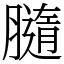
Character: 膸